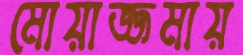
মোয়াজ্জমায়